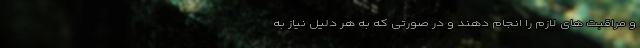
و مراقبت های لازم را انجام دهند و در صورتی که به هر دلیل نیاز به